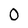
Character: 0